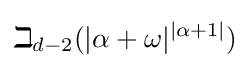
\beth _{d-2}(|\alpha +\omega |^{|\alpha +1|})